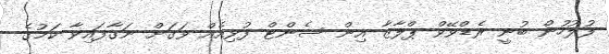
ފުލުހުން ބުނީ ރެޑްވޭވް ޕްލާޒާ އިން ސެންޓް ފުޅިއެއް ވަގަށް ނަގާފައިވާ ކަމުގެ